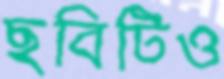
ছবিটিও